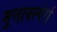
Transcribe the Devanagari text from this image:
मुत्तावल्पेर्रा